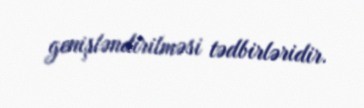
genişləndirilməsi tədbirləridir.